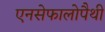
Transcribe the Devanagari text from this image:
एनसेफालोपैथी